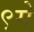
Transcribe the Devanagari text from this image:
९मे